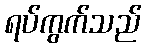
ရပ်ကွက်သည်